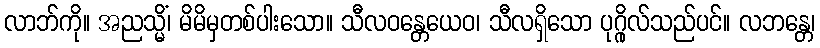
လာဘ်ကို။ အညသ္မိံ၊ မိမိမှတစ်ပါးသော။ သီလဝန္တေယေဝ၊ သီလရှိသော ပုဂ္ဂိုလ်သည်ပင်။ လဘန္တေ၊